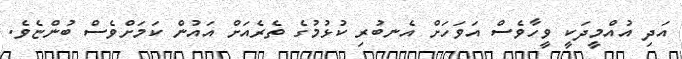
އަދި އުއްމީދަކީ ވީހާވެސް އަވަހަށް އެނބުރި ކުޅުމުގެ ތެރެއަށް އައުން ކަމަށްވެސް ބުންޏެވެ.